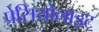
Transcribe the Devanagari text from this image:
प्रेसियोलाइट